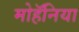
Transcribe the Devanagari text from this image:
मोहॅनिया